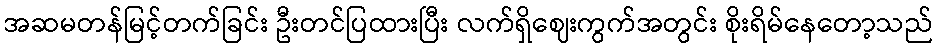
အဆမတန်မြင့်တက်ခြင်း ဦးတင်ပြထားပြီး လက်ရှိဈေးကွက်အတွင်း စိုးရိမ်နေတော့သည်